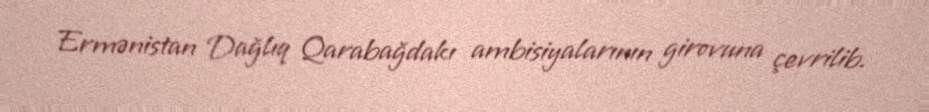
Ermənistan Dağlıq Qarabağdakı ambisiyalarının girovuna çevrilib.